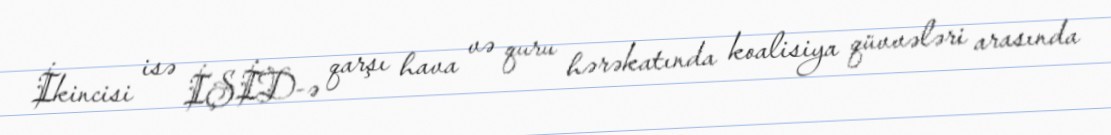
İkincisi isə İŞİD-ə qarşı hava və quru hərəkatında koalisiya qüvvələri arasında